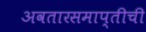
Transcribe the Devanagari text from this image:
अवतारसमाप्तीची